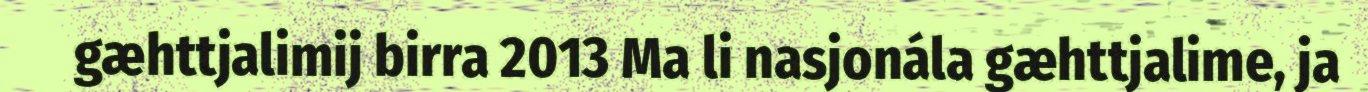
gæhttjalimij birra 2013 Ma li nasjonála gæhttjalime, ja